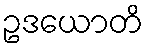
ဥဒယောတိ